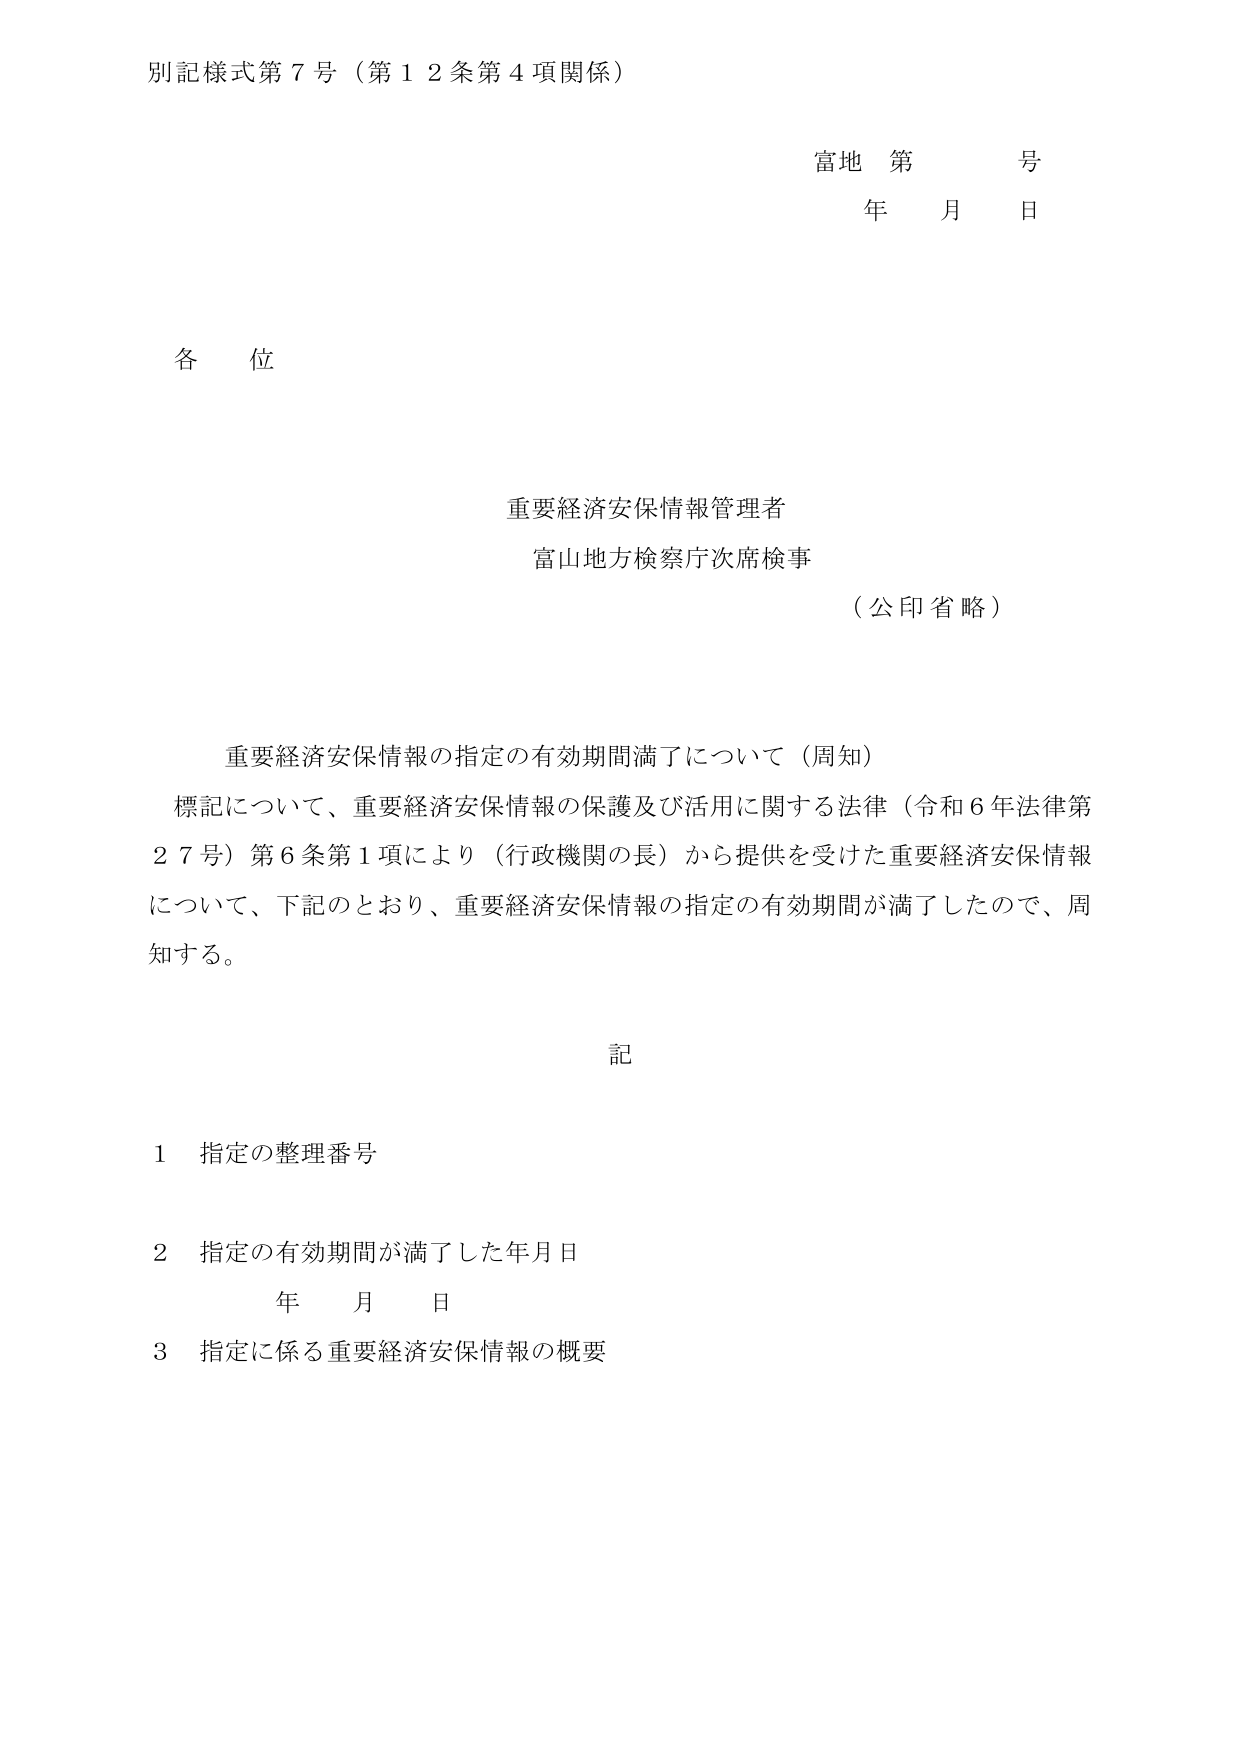
別記様式第７号（第１２条第４項関係）

富地 第 号
年 月 日

各位

重要経済安保情報管理者
富山地方検察庁次席検事
（公印省略）

重要経済安保情報の指定の有効期間満了について（周知）
標記について、重要経済安保情報の保護及び活用に関する法律（令和６年法律第２７号）第６条第１項により（行政機関の長）から提供を受けた重要経済安保情報について、下記のとおり、重要経済安保情報の指定の有効期間が満了したので、周知する。

記

１ 指定の整理番号
２ 指定の有効期間が満了した年月日
　　年 月 日
３ 指定に係る重要経済安保情報の概要